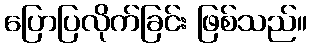
ပြောပြလိုက်ခြင်း ဖြစ်သည်။